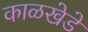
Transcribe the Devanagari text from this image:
काळखेडे